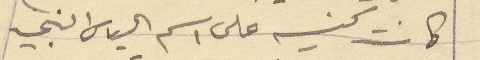
كانت كنيسه على اسم الياس النبي